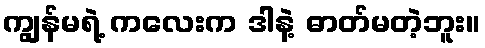
ကျွန်မရဲ့ ကလေးက ဒါနဲ့ ဓာတ်မတဲ့ဘူး။